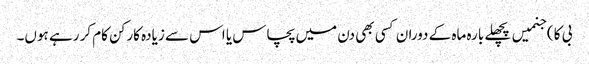
بی کا ) جنمیں پچھلے بارہ ماہ کے دوران کسی بھی دن میں پچاس یا اس سے زیادہ کارکن کام کر رہے ہوں۔